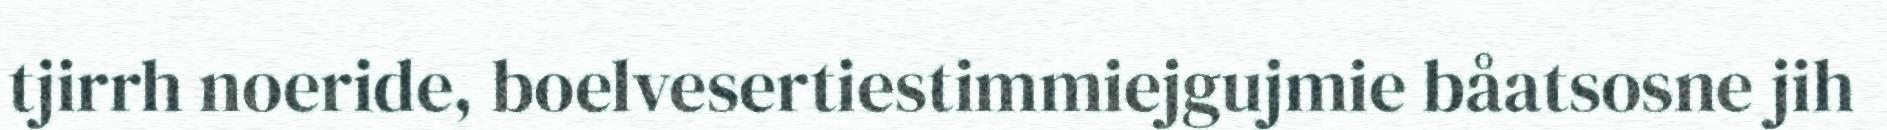
tjirrh noeride, boelvesertiestimmiejgujmie båatsosne jih